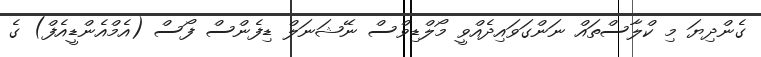
ގެންދިޔަ މި ކްލާސްތައް ނަންގަވައިދެއްވީ މޯލްޑިވްސް ނޭޝަނަލް ޑިފެންސް ފޯސް (އެމްއެންޑީއެފް) ގެ